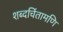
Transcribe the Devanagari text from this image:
शब्दचिंतामणि